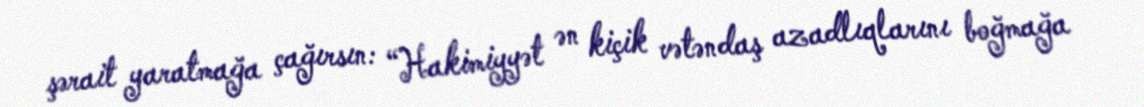
şərait yaratmağa çağırsın: “Hakimiyyət ən kiçik vətəndaş azadlıqlarını boğmağa